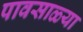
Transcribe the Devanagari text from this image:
पावसाळ्या